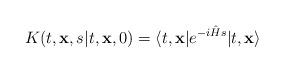
LaTeX: \begin{align*}K(t, {\bf x}, s \vert t, {\bf x}, 0)=\langle t, {\bf x}\vert e^{-i{\hat H}s}\vert t, {\bf x}\rangle\end{align*}